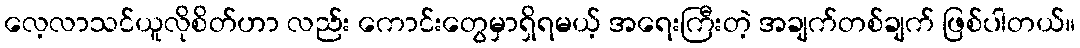
လေ့လာသင်ယူလိုစိတ်ဟာ လည်း ကောင်းတွေမှာရှိရမယ့် အရေးကြီးတဲ့ အချက်တစ်ချက် ဖြစ်ပါတယ်။